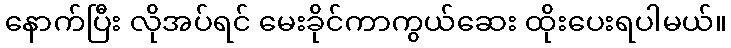
နောက်ပြီး လိုအပ်ရင် မေးခိုင်ကာကွယ်ဆေး ထိုးပေးရပါမယ်။